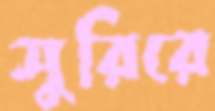
সুরিরে